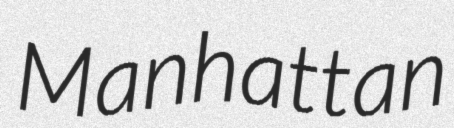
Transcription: Manhattan